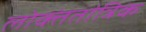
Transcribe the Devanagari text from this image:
लोक्तंतांत्रिक